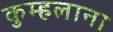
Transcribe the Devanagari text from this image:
कुम्हलाना